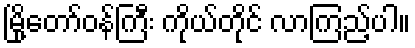
မြို့တော်ဝန်ကြီး ကိုယ်တိုင် လာကြည့်ပါ။